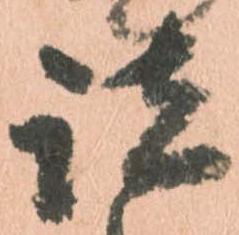
諸